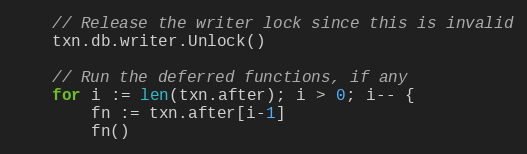
Language: Go
	// Release the writer lock since this is invalid
	txn.db.writer.Unlock()

	// Run the deferred functions, if any
	for i := len(txn.after); i > 0; i-- {
		fn := txn.after[i-1]
		fn()